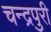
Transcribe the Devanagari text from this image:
चन्द्रपुरी